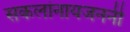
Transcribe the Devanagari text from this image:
सकलांनायजननी